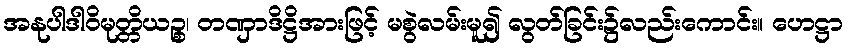
အနုပါဒါဝိမုတ္တိယဉ္စ၊ တဏှာဒိဋ္ဌိအားဖြင့် မစွဲလမ်းမူ၍ လွတ်ခြင်း၌လည်းကောင်း။ ဟေဋ္ဌာ